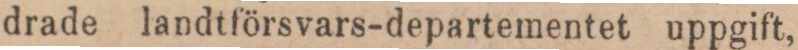
drade landtförsvars-departementet uppgift,